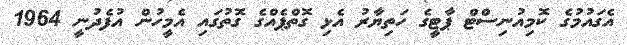
އެގައުމުގެ ކޮމިއުނިސްޓް ޕާޓީގެ ހަތިޔާރު އެޅި ގޮތްޕެއްގެ ގޮތުގައި އެމީހުން އުފެދުނީ 1964